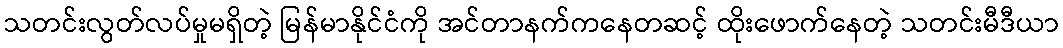
သတင်းလွတ်လပ်မှုမရှိတဲ့ မြန်မာနိုင်ငံကို အင်တာနက်ကနေတဆင့် ထိုးဖောက်နေတဲ့ သတင်းမီဒီယာ